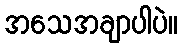
အသေအချာပါပဲ။